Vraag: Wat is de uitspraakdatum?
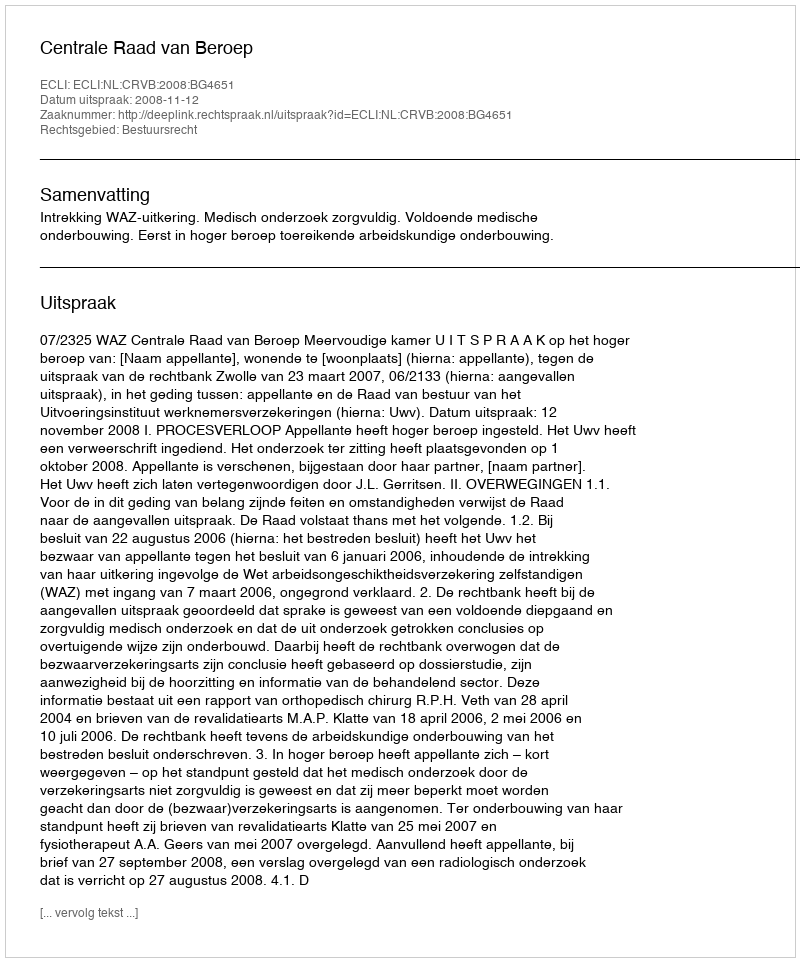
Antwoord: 2008-11-12